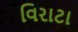
વિરાટા